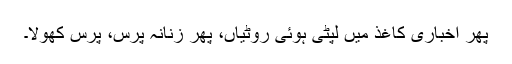
پھر اخباری کاغذ میں لپٹی ہوئی روٹیاں، پھر زنانہ پرس، پرس کھولا۔